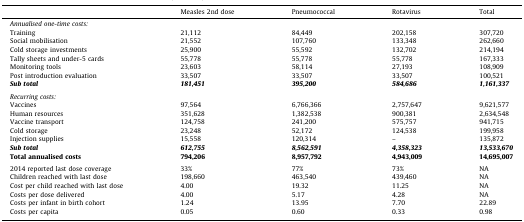
|  | Measles 2nd dose | Pneumococcal | Rotavirus | Total |
 | --- | --- | --- | --- | --- |
 | <COLSPAN=5> Annualised one-time costs: |
 | Training | 21,112 | 84,449 | 202,158 | 307,720 |
 | Social mobilisation | 21,552 | 107,760 | 133,348 | 262,660 |
 | Cold storage investments | 25,900 | 55,592 | 132,702 | 214,194 |
 | Tally sheets and under-5 cards | 55,778 | 55,778 | 55,778 | 167,333 |
 | Monitoring tools | 23,603 | 58,114 | 27,193 | 108,909 |
 | Post introduction evaluation | 33,507 | 33,507 | 33,507 | 100,521 |
 | Sub total | 181,451 | 395,200 | 584,686 | 1,161,337 |
 | <COLSPAN=5>  |
 | <COLSPAN=5> Recurring costs: |
 | Vaccines | 97,564 | 6,766,366 | 2,757,647 | 9,621,577 |
 | Human resources | 351,628 | 1,382,538 | 900,381 | 2,634,548 |
 | Vaccine transport | 124,758 | 241,200 | 575,757 | 941,715 |
 | Cold storage | 23,248 | 52,172 | 124,538 | 199,958 |
 | Injection supplies | 15,558 | 120,314 | – | 135,872 |
 | Sub total | 612,755 | 8,562,591 | 4,358,323 | 13,533,670 |
 | Total annualised costs | 794,206 | 8,957,792 | 4,943,009 | 14,695,007 |
 | <COLSPAN=5>  |
 | 2014 reported last dose coverage | 33% | 77% | 73% | NA |
 | Children reached with last dose | 198,660 | 463,540 | 439,460 | NA |
 | Cost per child reached with last dose | 4.00 | 19.32 | 11.25 | NA |
 | Costs per dose delivered | 4.00 | 5.17 | 4.28 | NA |
 | Costs per infant in birth cohort | 1.24 | 13.95 | 7.70 | 22.89 |
 | Costs per capita | 0.05 | 0.60 | 0.33 | 0.98 |